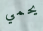
يحمي